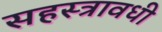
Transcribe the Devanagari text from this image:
सहस्त्रावधी